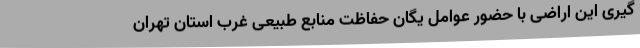
گیری این اراضی با حضور عوامل یگان حفاظت منابع طبیعی غرب استان تهران